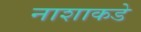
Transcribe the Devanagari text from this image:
नाशाकडे